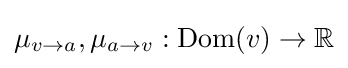
\mu _{v\to a},\mu _{a\to v}:\operatorname {Dom} (v)\to \mathbb {R}